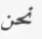
نحن